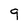
Character: 9